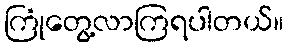
ကြုံတွေ့လာကြရပါတယ်။